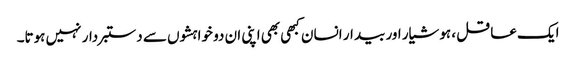
ایک عاقل ، ہوشیار اور بیدار انسان کبھی بھی اپنی ان دو خواہشوں سے دستبردار نہیں ہوتا۔